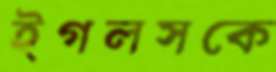
ইগলসকে